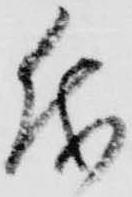
儀